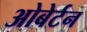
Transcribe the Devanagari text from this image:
ओबेर्टन